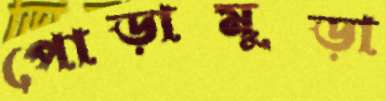
পোড়ামুড়া